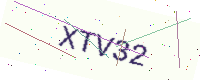
Text: XTV32